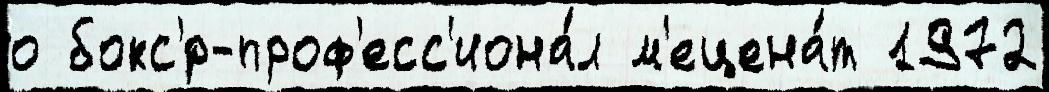
о бокс'́р-проф'есс'иона́л м'ецена́т 1972